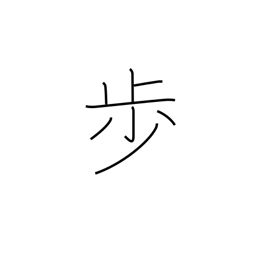
Meaning: counter for steps